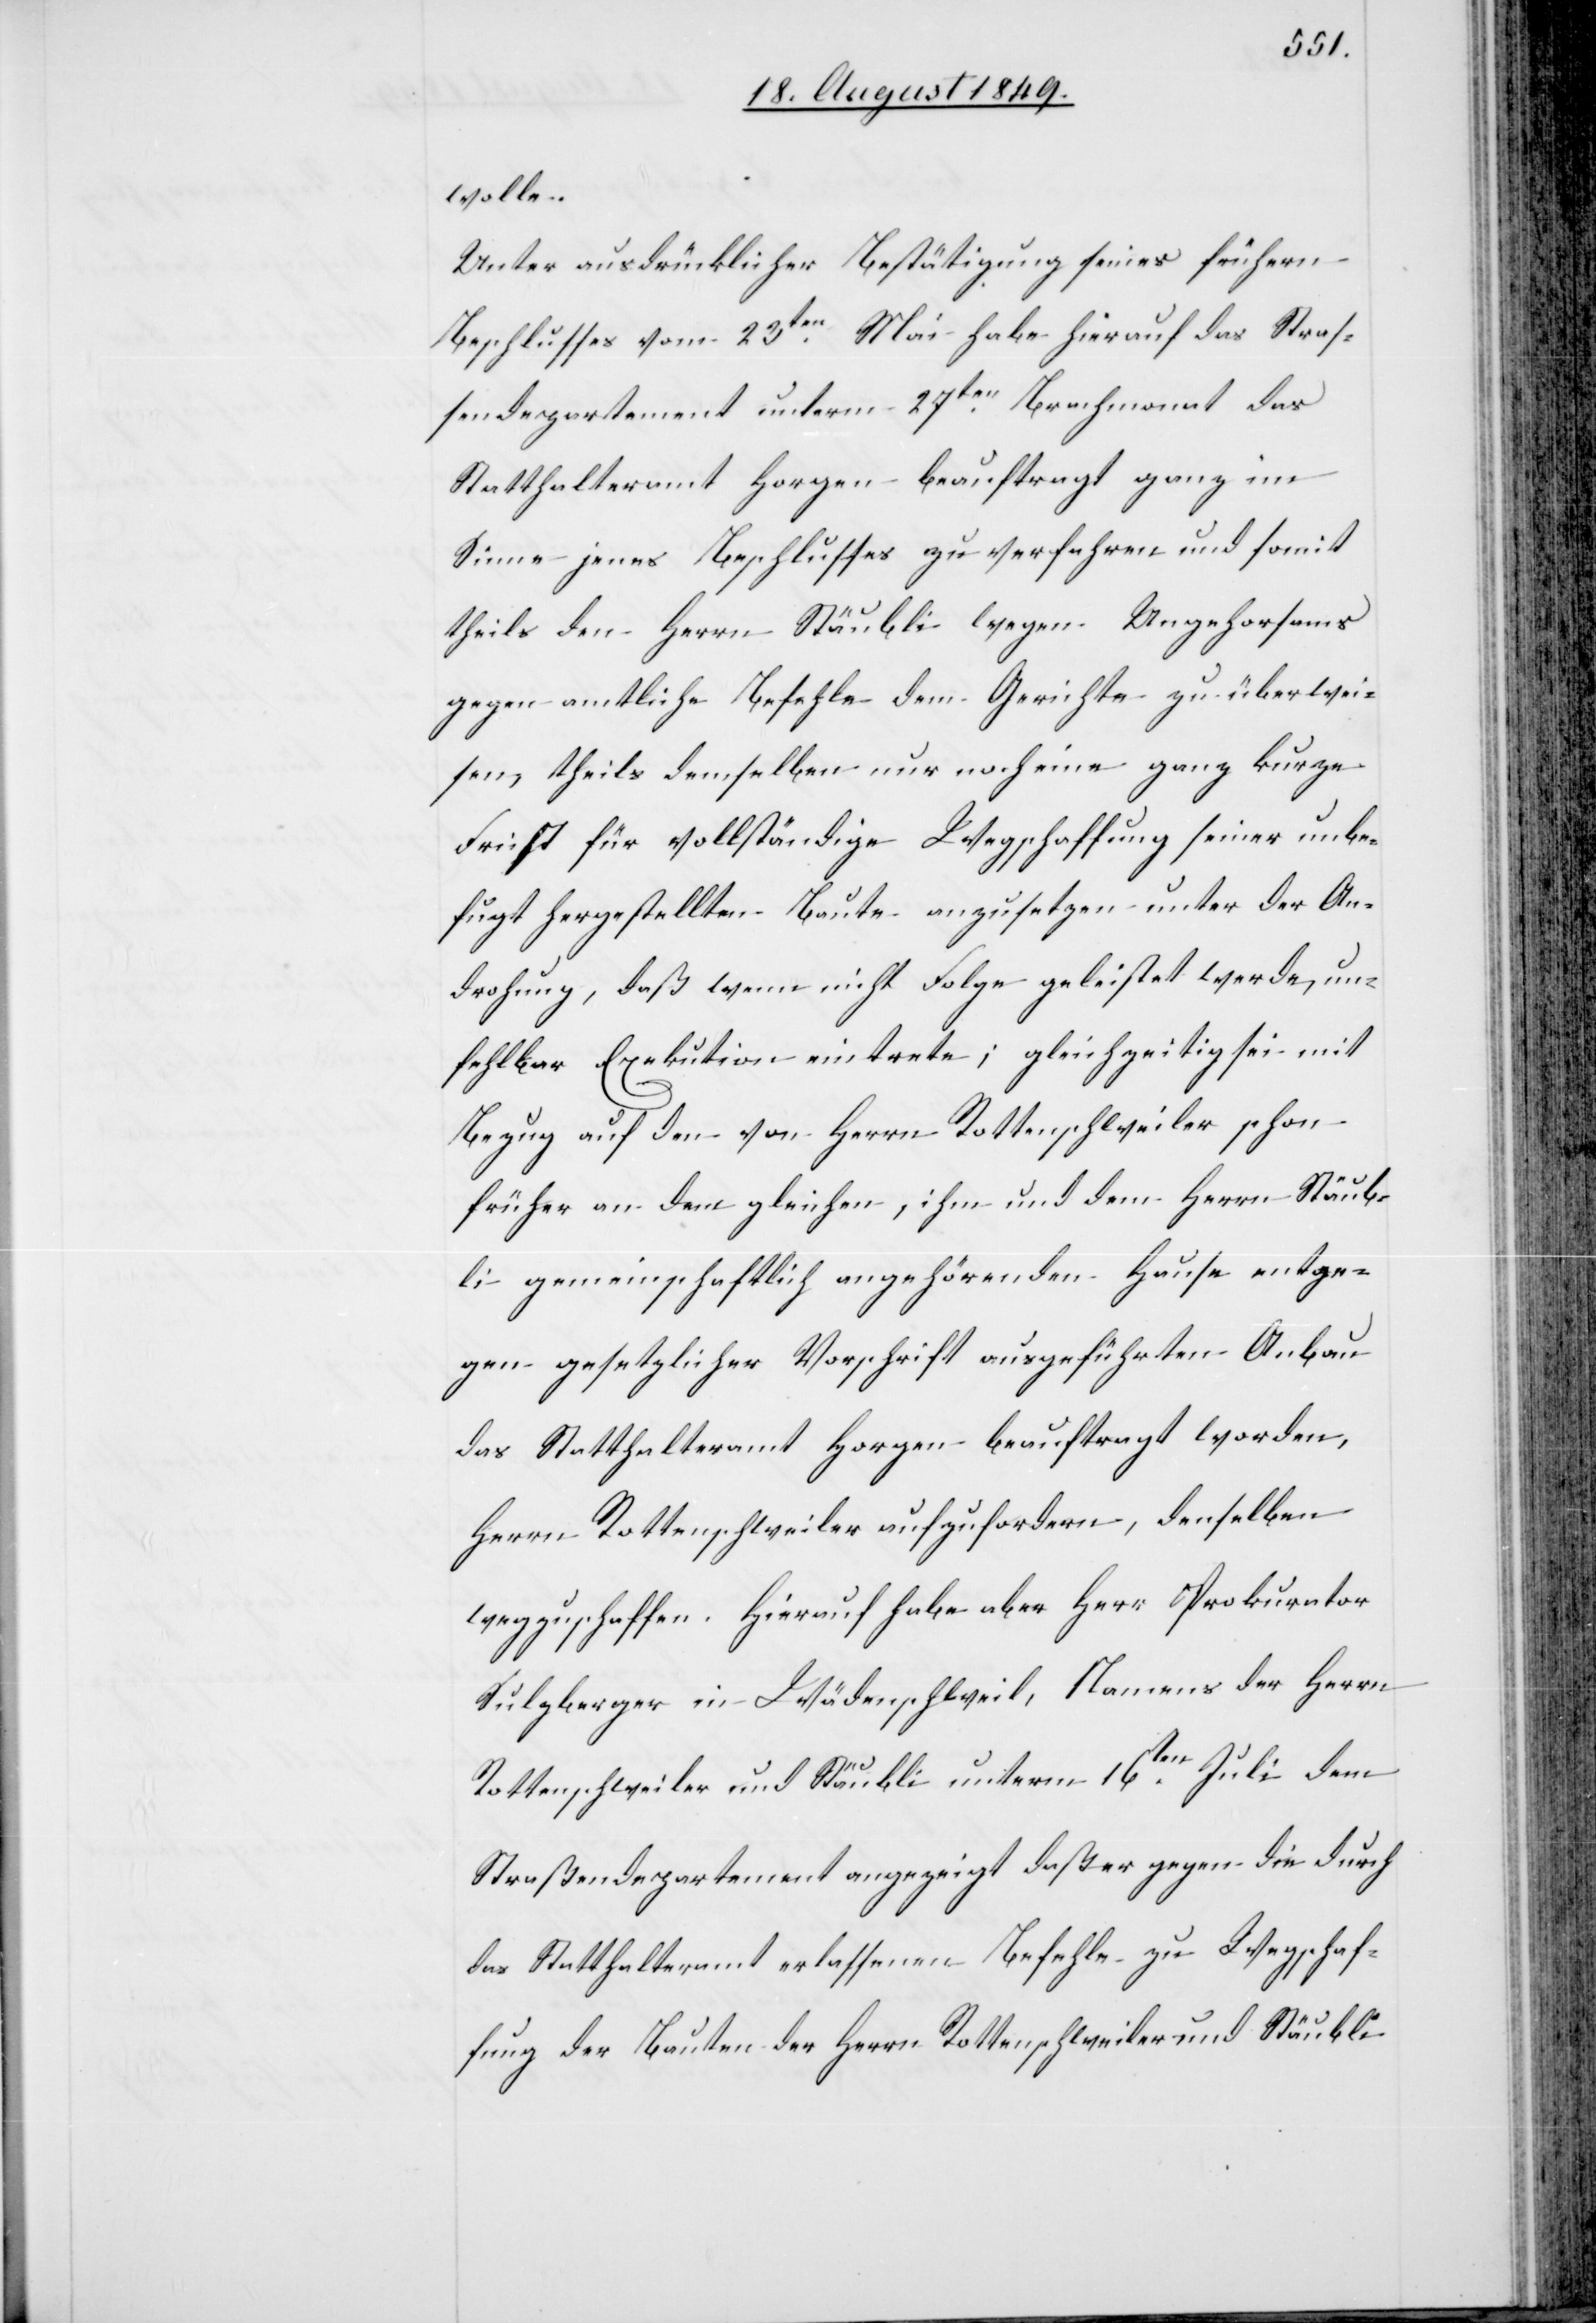
wolle.
Unter ausdrücklicher Bestätigung seines frühern
Beschlusses vom 23ten Mai habe hierauf das Stras¬
sendepartement unterm 27ten Brachmonat das
Statthalteramt Horgen beauftragt ganz im
Sinne jenes Beschlusses zu verfahren und somit
theils den Herrn Stäubli wegen Ungehorsams
gegen amtliche Befehle dem Gerichte zu überwei¬
sen, theils demselben nur noch eine ganz kurze
Frist für vollständige Wegschaffung seiner unbe¬
fugt hergestellten Baute anzusetzen unter der An¬
drohung, daß wenn nicht Folge geleistet werde, un¬
fehlbar Exekution eintrete; gleichzeitig sei mit
Bezug auf den von Herrn Rottenschweiler schon
früher an dem gleichen, ihm und dem Herrn Stäub¬
li gemeinschaftlich angehörenden Hause entge¬
gen gesetzlicher Vorschrift ausgeführten Anbau
das Statthalteramt Horgen beauftragt worden,
Herrn Rottenschweiler aufzufordern, denselben
wegzuschaffen. Hierauf habe aber Herr Prokurator
Sulzberger in Wädenschweil, Namens der Herrn
Rottenschweiler und Stäubli unterm 16ten Juli dem
Straßendepartement angezeigt daß er gegen die durch
das Statthalteramt erlassenen Befehle zu Wegschaf¬
fung der Bauten der Herrn Rottenschweiler und Stäubli